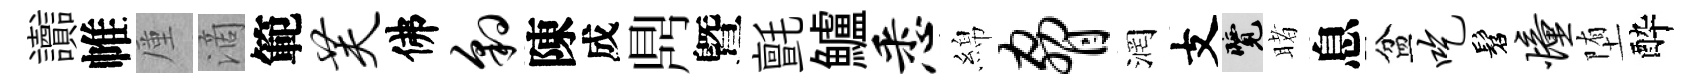
讟帷厪滴範芙佛豹陳成𪔂曁氈鱸悉綿胁润支覽睹息盆吃髫憧堕酔